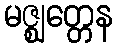
မဇ္ဈတ္တေန